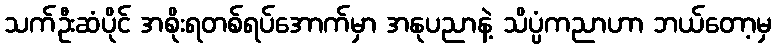
သက်ဦးဆံပိုင် အစိုးရတစ်ရပ်အောက်မှာ အနုပညာနဲ့ သိပ္ပံကညာဟာ ဘယ်တော့မှ